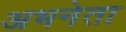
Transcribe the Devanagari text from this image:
अभनेता